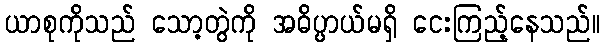
ယာစုကိုသည် သော့တွဲကို အဓိပ္ပာယ်မရှိ ငေးကြည့်နေသည်။